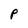
Character: P